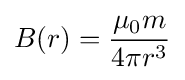
B(r)={\mu _{0}m \over 4\pi r^{3}}